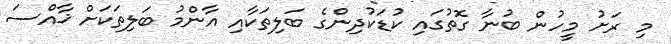
މި ރަށު މީހުން ބުނާ ގޮތުގައި ކުޑަކުދިންގެ ބަލިތަކާއި އާންމު ބަލިތަކަށް ޚާއްސަ